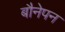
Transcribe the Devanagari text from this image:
बौनेपन